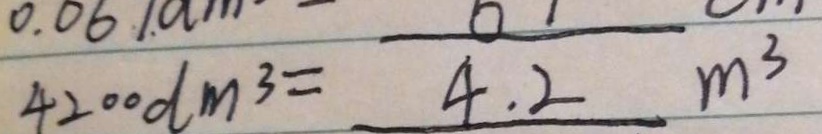
4 2 0 0 0 d m ^ { 3 } = 4 . 2 m ^ { 3 }